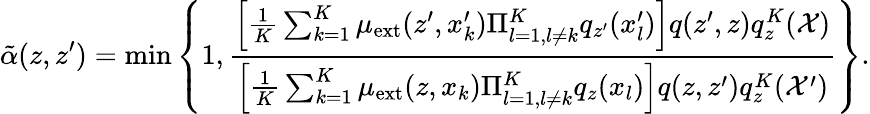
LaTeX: \tilde{\alpha}(z,z^{\prime})=\operatorname*{min}\left\{ 1,\frac{\left[\frac{1}{K}\sum_{k=1}^{K}\mu_{\mathrm{ext}}(z^{\prime},x_{k}^{\prime})\Pi_{l=1,l\neq k}^{K}q_{z^{\prime}}(x_{l}^{\prime})\right]q(z^{\prime},z)q_{z}^{K}(\mathcal{X})}{\left[\frac{1}{K}\sum_{k=1}^{K}\mu_{\mathrm{ext}}(z,x_{k})\Pi_{l=1,l\neq k}^{K}q_{z}(x_{l})\right]q(z,z^{\prime})q_{z}^{K}(\mathcal{X}^{\prime})}\right\} .